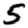
Digit: 5